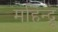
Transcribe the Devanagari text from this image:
महिन्द्रू